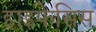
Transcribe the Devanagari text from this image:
हाइफेसिस